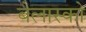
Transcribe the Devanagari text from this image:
बेलास्को